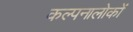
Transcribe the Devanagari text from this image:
कल्पनालोकों